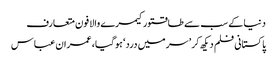
دنیا کے سب سے طاقتورکیمرے والا فون متعارف
پاکستانی فلم دیکھ کر ’سر میں درد‘ ہوگیا، عمران عباس